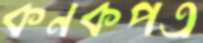
কনকপত্র